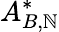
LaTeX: A_{B,\mathbb{N}}^{*}